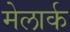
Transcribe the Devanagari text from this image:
मेलार्क